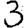
Digit: 3